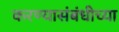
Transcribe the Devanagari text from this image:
करण्यासंबंधीच्या